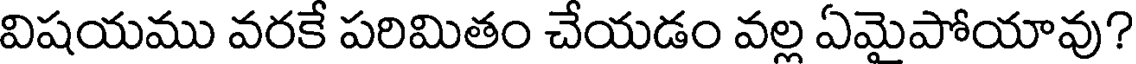
విషయము వరకే పరిమితం చేయడం వల్ల ఏమైపోయావు?